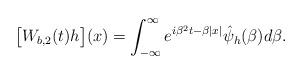
LaTeX: \begin{align*} \big [W_{b,2} (t)h\big ](x)= \int ^{\infty}_{-\infty}e^{i\beta ^2 t-\beta |x|}\hat{\psi}_h (\beta)d\beta .\end{align*}